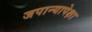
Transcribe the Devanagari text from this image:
जपान्यापेक्षा